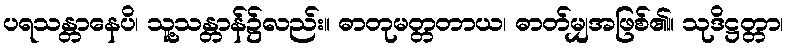
ပရသန္တာနေပိ၊ သူ့သန္တာန်၌လည်း။ ဓာတုမတ္တတာယ၊ ဓာတ်မျှအဖြစ်၏။ သုဒိဋ္ဌတ္တာ၊